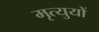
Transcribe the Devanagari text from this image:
मृत्युयों